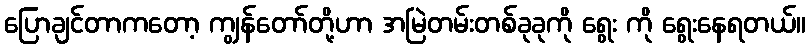
ပြောချင်တာကတော့ ကျွန်တော်တို့ဟာ အမြဲတမ်းတစ်ခုခုကို ရွေး ကို ရွေးနေရတယ်။